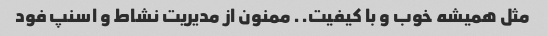
مثل همیشه خوب و با کیفیت.. ممنون از مدیریت نشاط و اسنپ فود